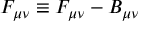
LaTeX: { \cal { F } } _ { \mu \nu } \equiv F _ { \mu \nu } - B _ { \mu \nu }